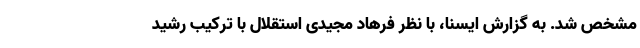
مشخص شد. به گزارش ایسنا، با نظر فرهاد مجیدی استقلال با ترکیب رشید